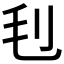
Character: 𣬟